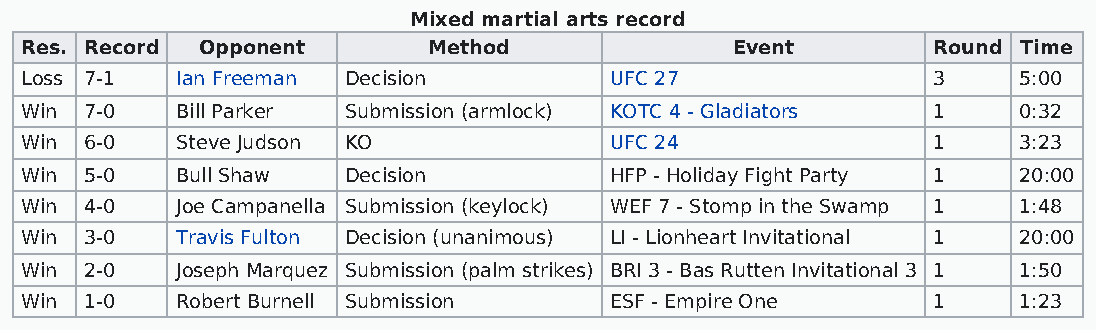
Mixed martial arts record
 Res. Record Opponent       Method              Event         Round Time
 Loss 7-1   Ian Freeman Decision        UFC 27                3    5:00
 Win  7-0   Bill Parker Submission (armlock) KOTC 4 - Gladiators 1 0:32
 Win  6-0   Steve Judson KO             UFC 24                1    3:23
 Win  5-0   Bull Shaw  Decision         HFP - Holiday Fight Party 1 20:00
 Win  4-0   Joe Campanella Submission (keylock) WEF 7 - Stomp in the Swamp 1 1:48
 Win  3-0   Travis Fulton Decision (unanimous) LI - Lionheart Invitational 1 20:00
 Win  2-0   Joseph Marquez Submission (palm strikes) BRI 3 - Bas Rutten Invitational 3 1 1:50
 Win  1-0   Robert Burnell Submission   ESF - Empire One      1    1:23